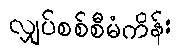
လျှပ်စစ်စီမံကိန်း